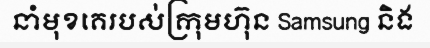
នាំមុខគេរបស់ក្រុមហ៊ុន Samsung និង